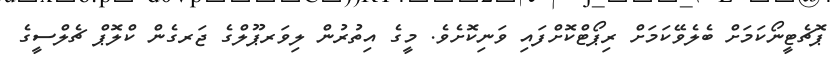
ޕޮޗެޓީނޯކަމަށް ބެލެވޭކަމަށް ރިޕޯޓްކޮށްފައި ވަނިކޮށެވެ. މީގެ އިތުރުން ލިވަރޕޫލްގެ ޖަރގެން ކްލޮޕް ޗެލްސީގެ